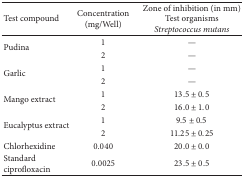
<table><thead><tr><td><b>Test compound</b></td><td><b>Concentration(mg/Well)</b></td><td><b>Zone of inhibition (in mm)Test organisms<i>Streptococcus mutans</i></b></td></tr></thead><tbody><tr><td rowspan="2">Pudina</td><td>1</td><td>—</td></tr><tr><td>2</td><td>—</td></tr><tr><td rowspan="2">Garlic</td><td>1</td><td>—</td></tr><tr><td>2</td><td>—</td></tr><tr><td rowspan="2">Mango extract</td><td>1</td><td>13.5 ± 0.5</td></tr><tr><td>2</td><td>16.0 ± 1.0</td></tr><tr><td rowspan="2">Eucalyptus extract</td><td>1</td><td>9.5 ± 0.5</td></tr><tr><td>2</td><td>11.25 ± 0.25</td></tr><tr><td>Chlorhexidine</td><td>0.040</td><td>20.0 ± 0.0</td></tr><tr><td>Standard ciprofloxacin</td><td>0.0025</td><td>23.5 ± 0.5</td></tr></tbody></table>